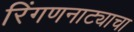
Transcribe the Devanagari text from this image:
रिंगणनाट्याचा